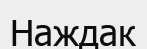
Наждак